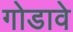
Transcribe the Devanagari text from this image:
गोडावे